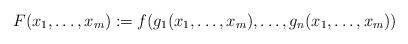
LaTeX: \begin{align*} F(x_1,\dots,x_m) := f(g_1(x_1,\dots,x_m),\dots,g_n(x_1,\dots,x_m)) \end{align*}